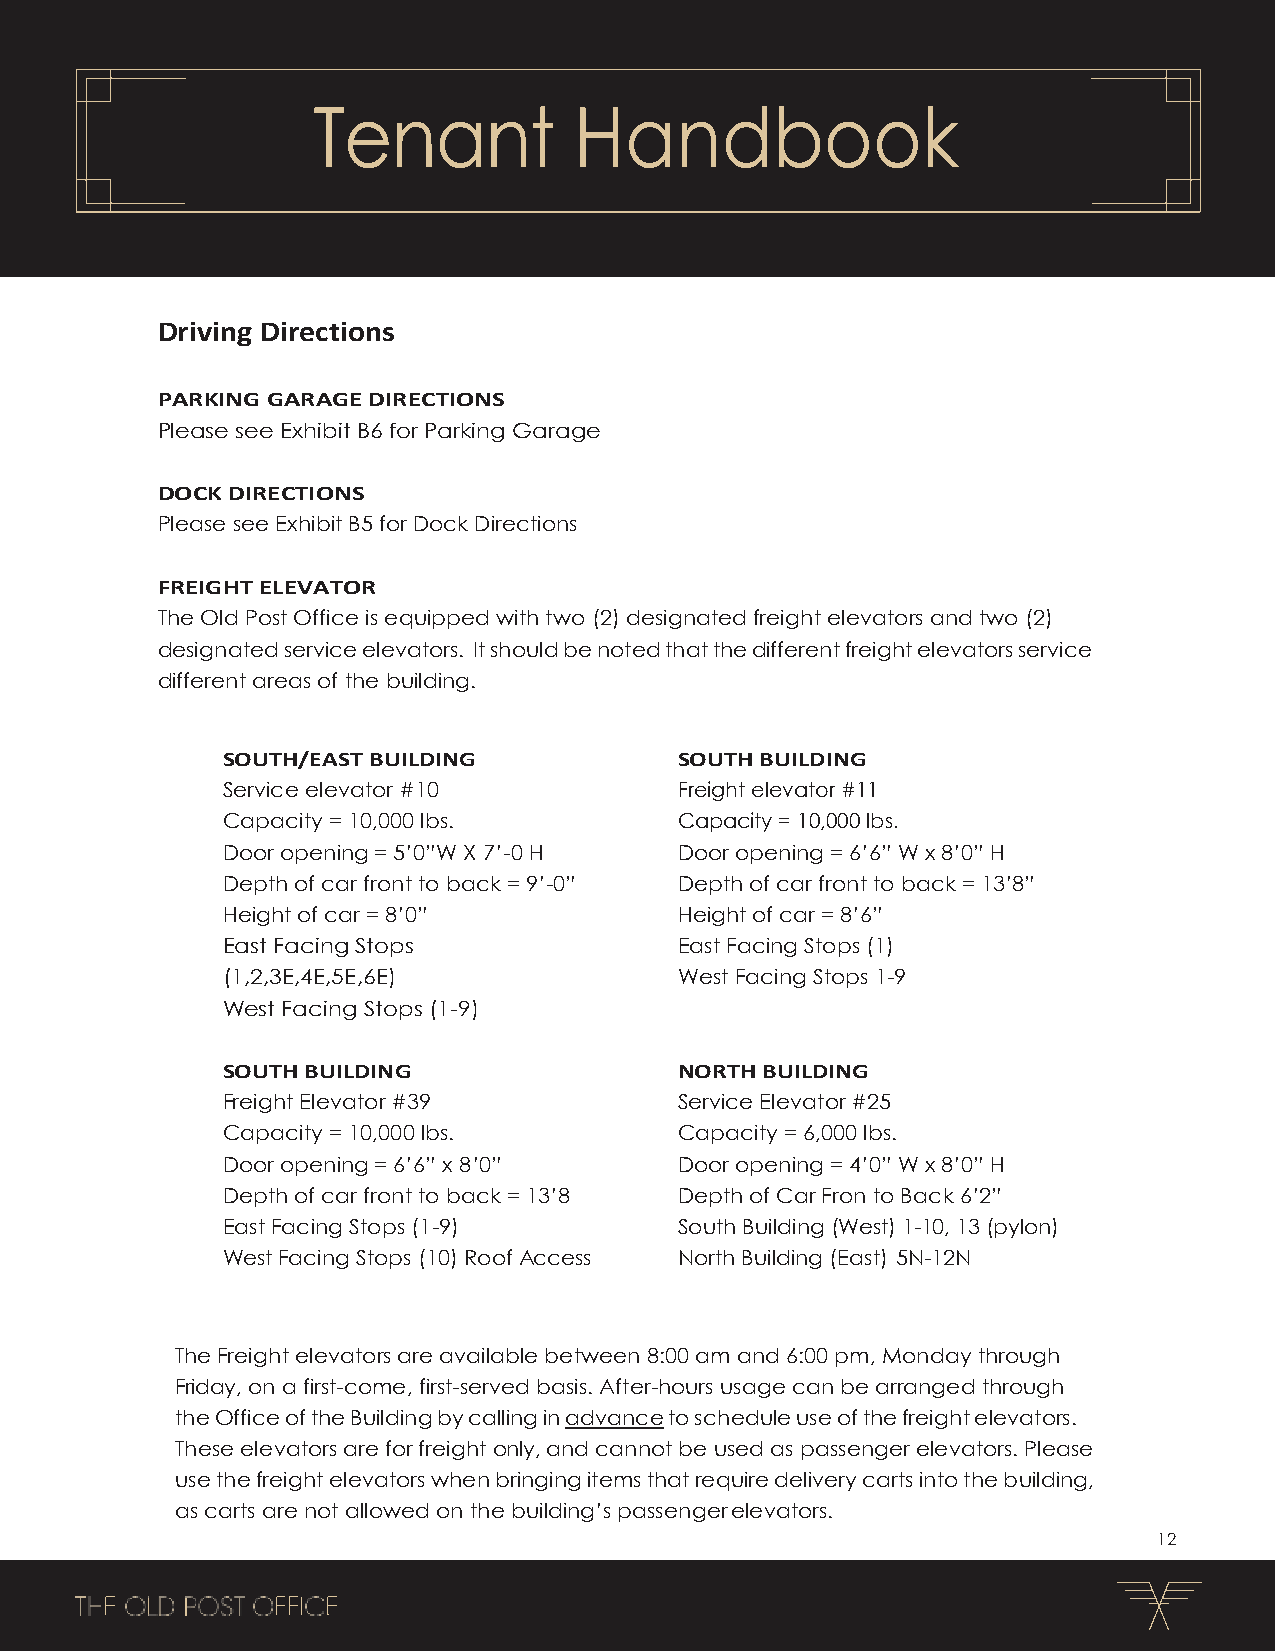
Tenant           Handbook
 Driving Directions
 PARKING GARAGE DIRECTIONS
 Please see Exhibit B6 for Parking Garage
 DOCK DIRECTIONS
 Please see Exhibit B5 for Dock Directions
 FREIGHT ELEVATOR
 The Old Post Office is equipped with two (2) designated freight elevators and two (2)
 designated service elevators. It should be noted that the different freight elevators service
 different areas of the building.
 SOUTH/EAST BUILDING           SOUTH BUILDING
 Service elevator #10          Freight elevator #11
 Capacity = 10,000 lbs.        Capacity = 10,000 lbs.
 Door opening = 5’0”W X 7’-0 H Door opening = 6’6” W x 8’0” H
 Depth of car front to back = 9’-0” Depth of car front to back = 13’8”
 Height of car = 8’0”          Height of car = 8’6”
 East Facing Stops             East Facing Stops (1)
 (1,2,3E,4E,5E,6E)             West Facing Stops 1-9
 West Facing Stops (1-9)
 SOUTH BUILDING                NORTH BUILDING
 Freight Elevator #39          Service Elevator #25
 Capacity = 10,000 lbs.        Capacity = 6,000 lbs.
 Door opening = 6’6” x 8’0”    Door opening = 4’0” W x 8’0” H
 Depth of car front to back = 13’8 Depth of Car Fron to Back 6’2”
 East Facing Stops (1-9)       South Building (West) 1-10, 13 (pylon)
 West Facing Stops (10) Roof Access North Building (East) 5N-12N
 The Freight elevators are available between 8:00 am and 6:00 pm, Monday through
 Friday, on a first-come, first-served basis. After-hours usage can be arranged through
 the Office of the Building by calling in advance to schedule use of the freight elevators.
 These elevators are for freight only, and cannot be used as passenger elevators. Please
 use the freight elevators when bringing items that require delivery carts into the building,
 as carts are not allowed on the building’s passenger elevators.
 12